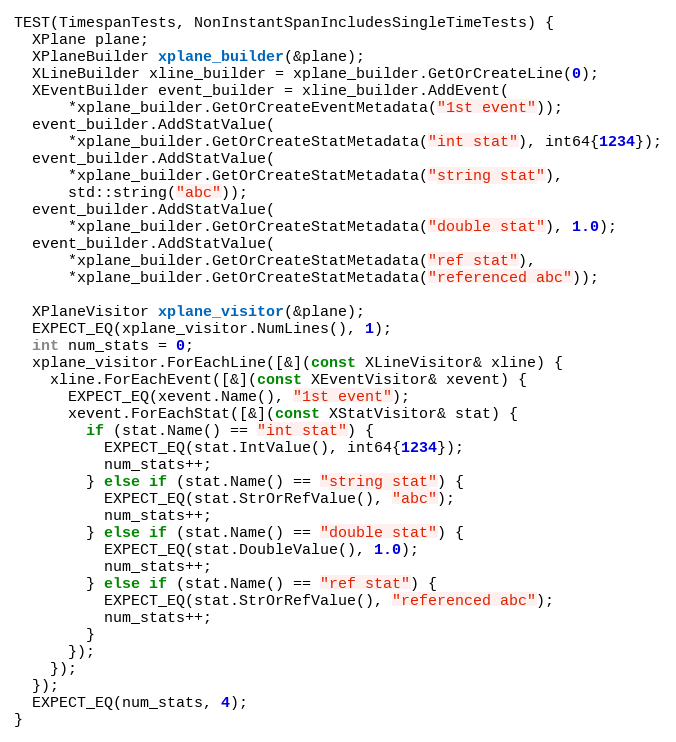
Language: C++
TEST(TimespanTests, NonInstantSpanIncludesSingleTimeTests) {
  XPlane plane;
  XPlaneBuilder xplane_builder(&plane);
  XLineBuilder xline_builder = xplane_builder.GetOrCreateLine(0);
  XEventBuilder event_builder = xline_builder.AddEvent(
      *xplane_builder.GetOrCreateEventMetadata("1st event"));
  event_builder.AddStatValue(
      *xplane_builder.GetOrCreateStatMetadata("int stat"), int64{1234});
  event_builder.AddStatValue(
      *xplane_builder.GetOrCreateStatMetadata("string stat"),
      std::string("abc"));
  event_builder.AddStatValue(
      *xplane_builder.GetOrCreateStatMetadata("double stat"), 1.0);
  event_builder.AddStatValue(
      *xplane_builder.GetOrCreateStatMetadata("ref stat"),
      *xplane_builder.GetOrCreateStatMetadata("referenced abc"));

  XPlaneVisitor xplane_visitor(&plane);
  EXPECT_EQ(xplane_visitor.NumLines(), 1);
  int num_stats = 0;
  xplane_visitor.ForEachLine([&](const XLineVisitor& xline) {
    xline.ForEachEvent([&](const XEventVisitor& xevent) {
      EXPECT_EQ(xevent.Name(), "1st event");
      xevent.ForEachStat([&](const XStatVisitor& stat) {
        if (stat.Name() == "int stat") {
          EXPECT_EQ(stat.IntValue(), int64{1234});
          num_stats++;
        } else if (stat.Name() == "string stat") {
          EXPECT_EQ(stat.StrOrRefValue(), "abc");
          num_stats++;
        } else if (stat.Name() == "double stat") {
          EXPECT_EQ(stat.DoubleValue(), 1.0);
          num_stats++;
        } else if (stat.Name() == "ref stat") {
          EXPECT_EQ(stat.StrOrRefValue(), "referenced abc");
          num_stats++;
        }
      });
    });
  });
  EXPECT_EQ(num_stats, 4);
}